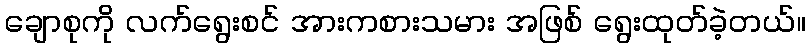
ချောစုကို လက်ရွေးစင် အားကစားသမား အဖြစ် ရွေးထုတ်ခဲ့တယ်။